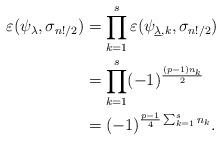
LaTeX: \begin{align*}\varepsilon({\psi_{\lambda}},\sigma_{n!/2})&=\prod_{k=1}^s\varepsilon(\psi_{\underline\lambda,k},\sigma_{n!/2})\\&=\prod_{k=1}^s(-1)^{\frac{(p-1)n_k}{2}}\\&=(-1)^{\frac{p-1}4\sum_{k=1}^sn_k}.\end{align*}